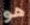
هو